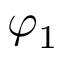
\varphi _ { 1 }